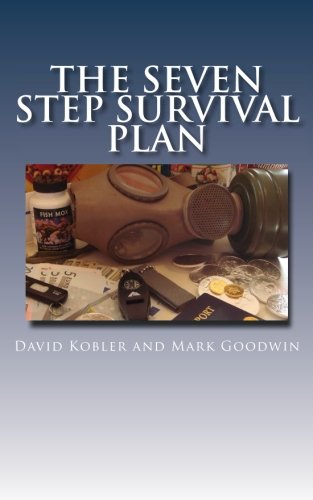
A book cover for The Seven Step Survival Plan; David Kobler; Politics & Social Sciences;